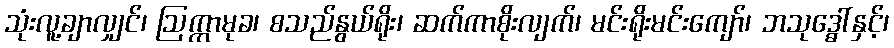
သုံးလူ့ချာလျှင်၊ ဩက္ကာမုခ၊ စသည်နွယ်ရိုး၊ ဆက်ကာစိုးလျက်၊ မင်းရိုးမင်းကျော်၊ ဘသုဒ္ဓေါ်နှင့်၊